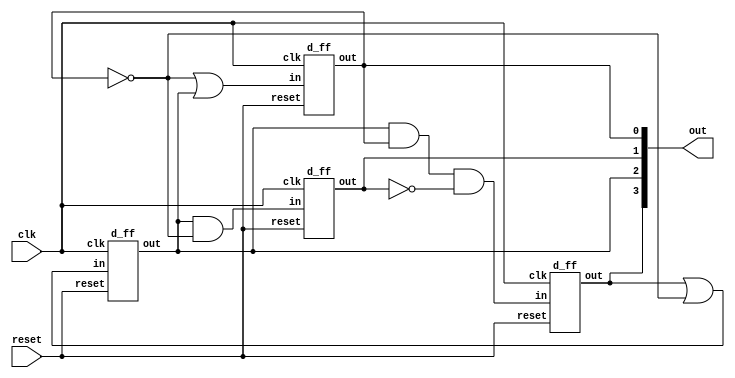
// Design a counter to count the sequence 5,9,4,7,1,0, and repeat.

// Make a state table and for non listed values assume dont care.
// Then using ffs implement the table.
// Kmaps to be used for minimizing the equations.

module counter(output [3:0] out,
               input clk, reset);

wire [3:0] in;
assign in[0] = ~out[0] | out[2];
assign in[1] = out[2] & ~out[0];
assign in[2] = out[3] | ~out[0];
assign in[3] = out[2]&out[0]&(~out[1]);

d_ff f0(out[0],in[0],clk,reset);
d_ff f1(out[1],in[1],clk,reset);
d_ff f2(out[2],in[2],clk,reset);
d_ff f3(out[3],in[3],clk,reset);

endmodule

module d_ff(output reg out,
            input in, clk, reset);

always @ (posedge reset or negedge clk)
begin
    if (reset)
    out <= 1'b0;
    else
    out <= in;
end

endmodule